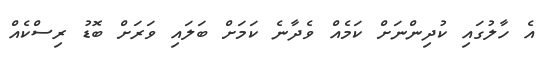
އެ ހާލުގައި ކުދިންނަށް ކަމެއް ވެދާނެ ކަމަށް ބަލައި ވަރަށް ބޮޑު ރިސްކެއް